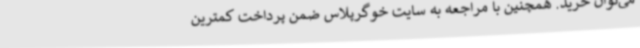
می‌توان خرید. همچنین با مراجعه به سایت خوگرپلاس ضمن پرداخت کمترین